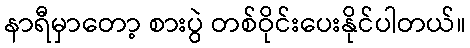
နာရီမှာတော့ စားပွဲ တစ်ဝိုင်းပေးနိုင်ပါတယ်။